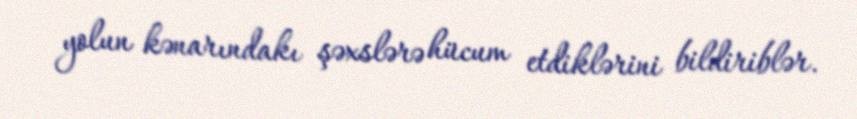
yolun kənarındakı şəxslərə hücum etdiklərini bildiriblər.